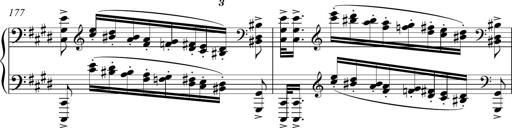
Title: Funeral March and Sonatina
Composer: Thomas Hellemans
Key: C-sharp minor